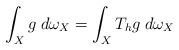
LaTeX: \begin{align*}\int_X g \> d\omega_X=\int_X T_hg \> d\omega_X\end{align*}